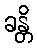
ခန္တိ